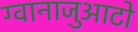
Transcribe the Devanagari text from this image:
ग्वानाजुआटो